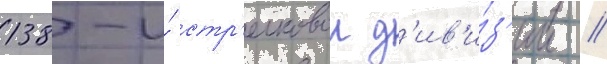
138-и́ стр'елковои д'ив'и́з'ии /